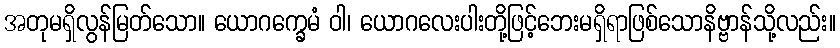
အတုမရှိလွန်မြတ်သော။ ယောဂက္ခေမံ ဝါ၊ ယောဂလေးပါးတို့ဖြင့်ဘေးမရှိရာဖြစ်သောနိဗ္ဗာန်သို့လည်း။